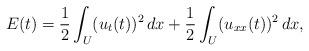
LaTeX: \begin{align*}E(t) = \frac{1}{2}\int_U (u_t(t))^2 \, dx + \frac{1}{2} \int_U (u_{xx}(t))^2 \, dx,\end{align*}